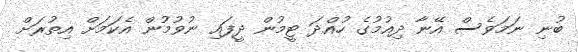
ބުނި ނަމަވެސް އޭނާ ދިއުމުގެ ހުއްދަ ޓީމުން ދީފައި ނުވުމުން އެކަމަށް އިތުރަށް